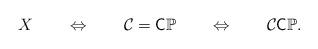
LaTeX: \begin{align*} X\qquad\Leftrightarrow\qquad\mathcal{C}=\mathsf{C}\mathbb{P}\qquad\Leftrightarrow\qquad\mathcal{C}\mathsf{C}\mathbb{P}.\end{align*}